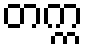
တက္က